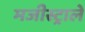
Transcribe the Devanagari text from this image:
मजीस्ट्राले